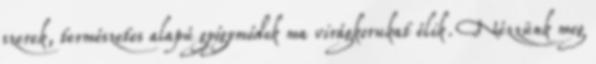
szerek, természetes alapú gyógymódok ma virágkorukat élik. Nézzünk meg